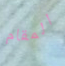
المقام